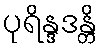
ပုရိန္ဒဒန္တိ